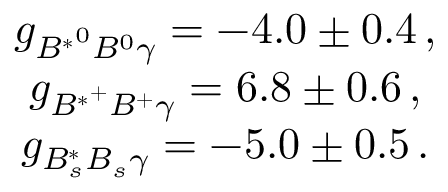
\begin{array} { c } { { g _ { { B ^ { \ast } } ^ { 0 } B ^ { 0 } \gamma } = - 4 . 0 \pm 0 . 4 \, , } } \\ { { g _ { { B ^ { \ast } } ^ { + } B ^ { + } \gamma } = 6 . 8 \pm 0 . 6 \, , } } \\ { { g _ { B _ { s } ^ { \ast } B _ { s } \gamma } = - 5 . 0 \pm 0 . 5 \, . } } \end{array}